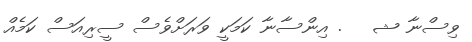
ވިސްނާ ޝ   . އިންސާނާ ކަމަކީ ވަރަށްވެސް ސީރިއަސް ކަމެއް